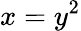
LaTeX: x=y^{2}